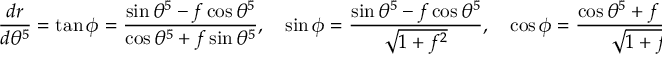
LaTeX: \frac { d r } { d \theta ^ { 5 } } = \tan \phi = \frac { \sin \theta ^ { 5 } - f \cos \theta ^ { 5 } } { \cos \theta ^ { 5 } + f \sin \theta ^ { 5 } } , \quad \sin \phi = \frac { \sin \theta ^ { 5 } - f \cos \theta ^ { 5 } } { \sqrt { 1 + f ^ { 2 } } } , \quad \cos \phi = \frac { \cos \theta ^ { 5 } + f \sin \theta ^ { 5 } } { \sqrt { 1 + f ^ { 2 } } } .